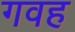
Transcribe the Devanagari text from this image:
गवह